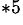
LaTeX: ^{*5}